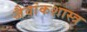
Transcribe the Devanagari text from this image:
जैवांकशास्त्र